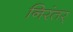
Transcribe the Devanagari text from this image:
निरंतर्